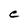
Character: C